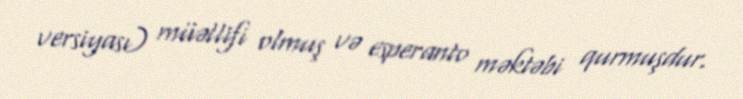
versiyası) müəllifi olmuş və esperanto məktəbi qurmuşdur.